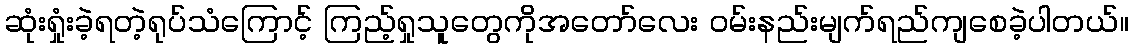
ဆုံးရှုံးခဲ့ရတဲ့ရုပ်သံကြောင့် ကြည့်ရှုသူတွေကိုအတော်လေး ဝမ်းနည်းမျက်ရည်ကျစေခဲ့ပါတယ်။